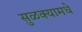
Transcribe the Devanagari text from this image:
सुळक्यामधे